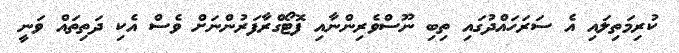
ކުރިމަތިލައި އެ ސަރަހައްދުގައި ތިބި ނޫސްވެރިންނާއި ފޮޓޯގްރާފަރުންނަށް ވެސް އެކި ދަތިތައް ވަނީ